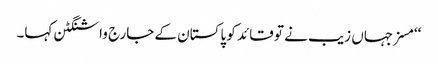
‘‘مسز جہاں زیب نے تو قائد کو پاکستان کے جارج واشنگٹن کہا۔